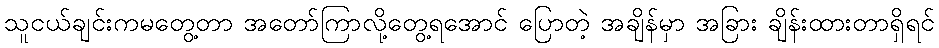
သူငယ်ချင်းကမတွေ့တာ အတော်ကြာလို့တွေ့ရအောင် ပြောတဲ့ အချိန်မှာ အခြား ချိန်းထားတာရှိရင်